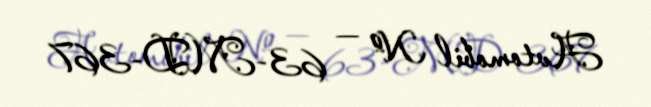
Avtomobil № — 63-MD-367